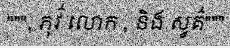
""", ភុវ៌ លោក , និង ស្វគ៌"""